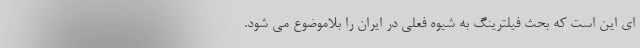
ای این است که بحث فیلترینگ به شیوه فعلی در ایران را بلاموضوع می شود.